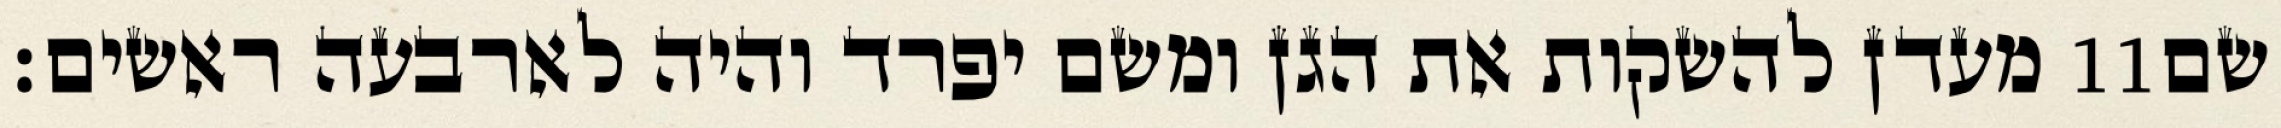
מעדן להשקות את הגן ומשם יפרד והיה לארבעה ראשים׃ ‎11‏ שם